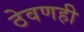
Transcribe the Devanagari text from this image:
ठेवणही